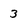
Character: 3